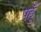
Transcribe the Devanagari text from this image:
पहुँ